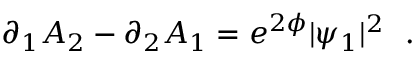
\partial _ { 1 } A _ { 2 } - \partial _ { 2 } A _ { 1 } = e ^ { 2 \phi } | \psi _ { 1 } | ^ { 2 } ~ ~ .